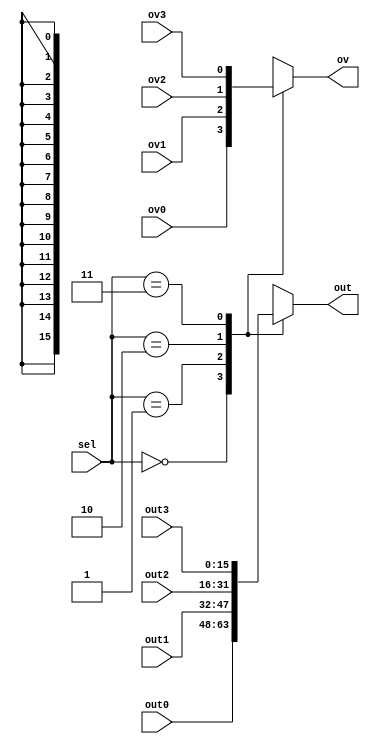
module mux41(out0,out1,out2,out3,ov0,ov1,ov2,ov3,sel,out,ov);
    input [15:0] out0, out1, out2, out3;
    input ov0, ov1, ov2, ov3;
    input [1:0] sel;
    output reg [15:0] out;
    output reg ov;

    always@(*)begin
        case(sel)
            2'b00 : begin out = out0; ov = ov0; end
            2'b01 : begin out = out1; ov = ov1; end
            2'b10 : begin out = out2; ov = ov2; end
            2'b11 : begin out = out3; ov = ov3; end
        endcase
    end
endmodule